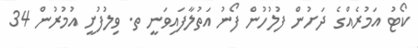
ކޯޓު އަމުރެއްގެ ދަށުން ފުލުހުން ފޯނު އަތުލާފައިވަނީ ތ. ވިލުފުށީ އުމުރުން 34